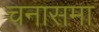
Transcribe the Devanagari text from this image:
चनासमा